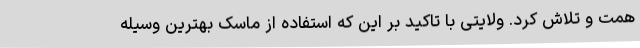
همت و تلاش کرد. ولایتی با تاکید بر این که استفاده از ماسک بهترین وسیله